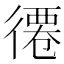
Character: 𢕖